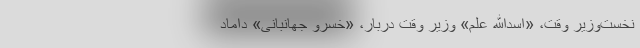
نخست‌وزیر وقت، «اسدالله علم» وزیر وقت دربار، «خسرو جهانبانی» داماد